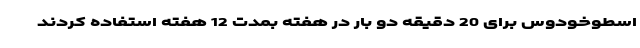
اسطوخودوس برای 20 دقیقه دو بار در هفته بمدت 12 هفته استفاده کردند